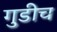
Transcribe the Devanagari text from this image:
गुडीच